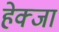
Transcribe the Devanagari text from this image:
हेक्जा